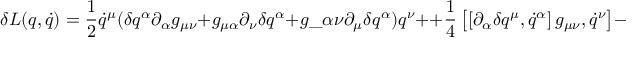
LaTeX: \delta L ( q , \dot { q } ) = \frac { 1 } { 2 } \dot { q } ^ { \mu } ( \delta q ^ { \alpha } \partial _ { \alpha } g _ { \mu \nu } + g _ { \mu \alpha } \partial _ { \nu } \delta q ^ { \alpha } + g \_ { \alpha \nu } \partial _ { \mu } \delta q ^ { \alpha } ) q ^ { \nu } + + \frac { 1 } { 4 } \left[ \left[ \partial _ { \alpha } \delta q ^ { \mu } , \dot { q } ^ { \alpha } \right] g _ { \mu \nu } , \dot { q } ^ { \nu } \right] - \delta q ^ { \alpha } \partial _ { \alpha } U _ { q } ( q ) \, .